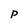
Character: p